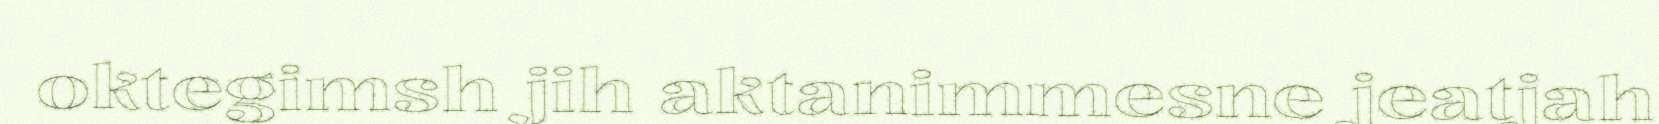
oktegimsh jih aktanimmesne jeatjah